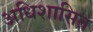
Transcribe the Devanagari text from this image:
अधिशासित